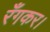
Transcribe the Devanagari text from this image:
रँगकर।